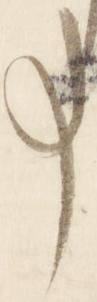
事